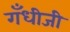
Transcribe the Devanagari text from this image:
गँधीजी